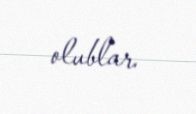
olublar.